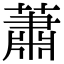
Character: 蕭